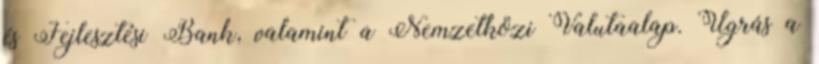
és Fejlesztési Bank, valamint a Nemzetközi Valutaalap. Ugrás a